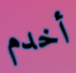
أخدم